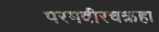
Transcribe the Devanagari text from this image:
परमवीरचक्रहा